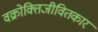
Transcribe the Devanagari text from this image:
वक्रोक्तिजीवितकार